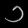
Digit: ၁